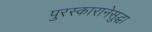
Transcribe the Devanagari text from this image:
पुरस्कारानेसुद्धा